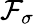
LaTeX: \mathcal{F}_{\sigma}